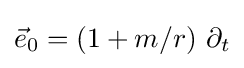
{\vec {e}}_{0}=\left(1+m/r\right)\,\partial _{t}